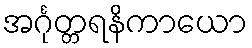
အင်္ဂုတ္တရနိကာယော